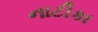
નાટીકા